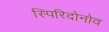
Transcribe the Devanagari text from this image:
स्पिरिदोनोव